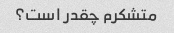
متشکرم چقدر است؟